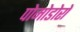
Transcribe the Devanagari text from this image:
पोमोडोरो